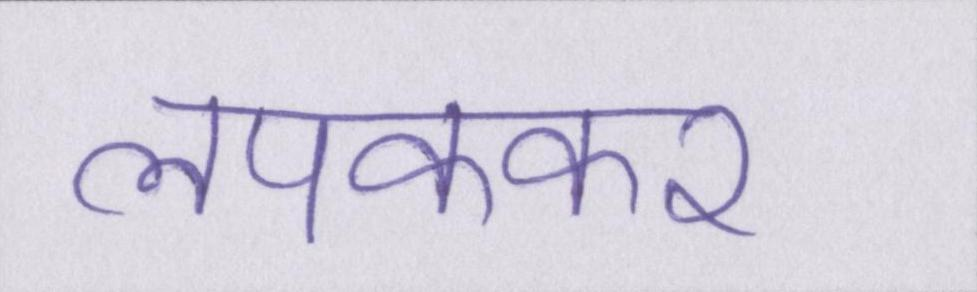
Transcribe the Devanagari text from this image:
लपककर